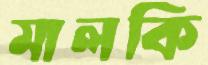
মালকি